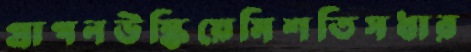
প্রাপনউস্‌কিয়েমিশতিসধার